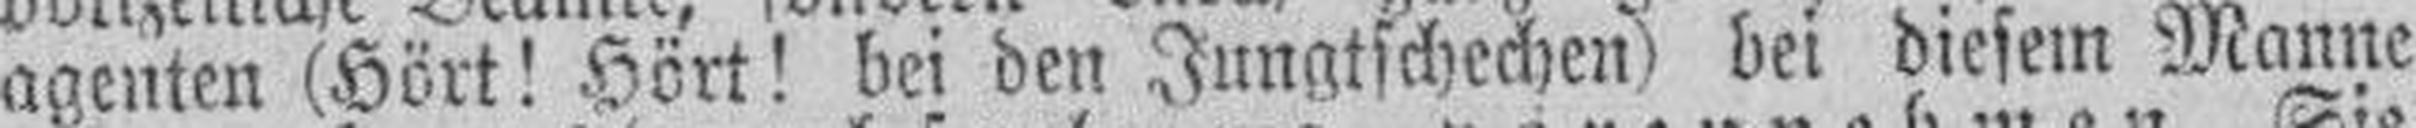
agenten (Hört! Hört! bei den Jungtschechen) bei diesem Manne